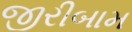
જીરીબામ